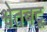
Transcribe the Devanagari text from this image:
श्वेतबटू